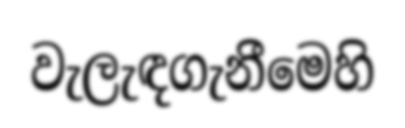
වැලැඳගැනීමෙහි